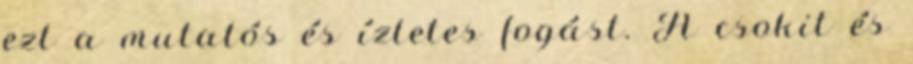
ezt a mutatós és ízletes fogást. A csokit és